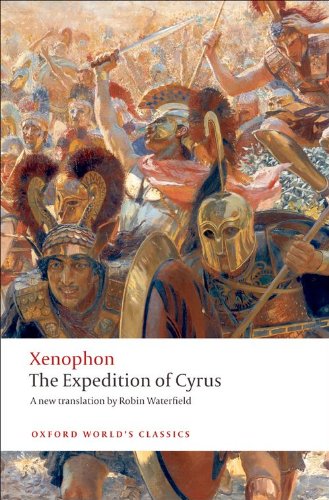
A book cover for The Expedition of Cyrus (Oxford World's Classics); Xenophon; History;